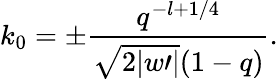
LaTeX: k_{0}=\pm\frac{q^{-l+1/4}}{\sqrt{2|w\prime|}(1-q)}.